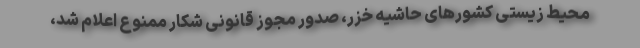
محیط زیستی کشور‌های حاشیه خزر، صدور مجوز قانونی شکار ممنوع اعلام شد،